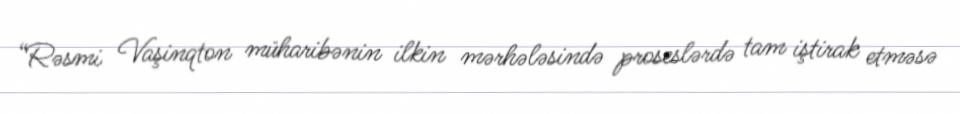
“Rəsmi Vaşinqton müharibənin ilkin mərhələsində proseslərdə tam iştirak etməsə